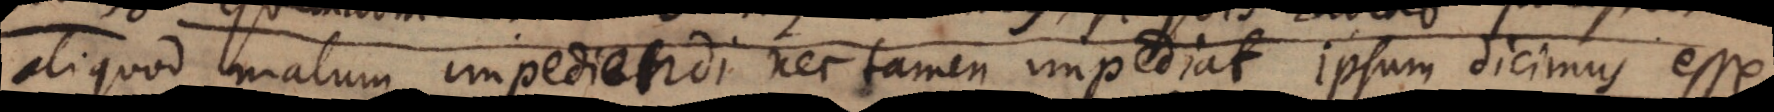
aliquod malum impediendi nec tamen impediat ipsum dicimus esse